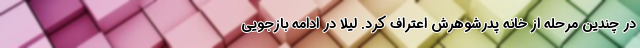
در چندین مرحله از خانه پدرشوهرش اعتراف کرد. لیلا در ادامه بازجویی